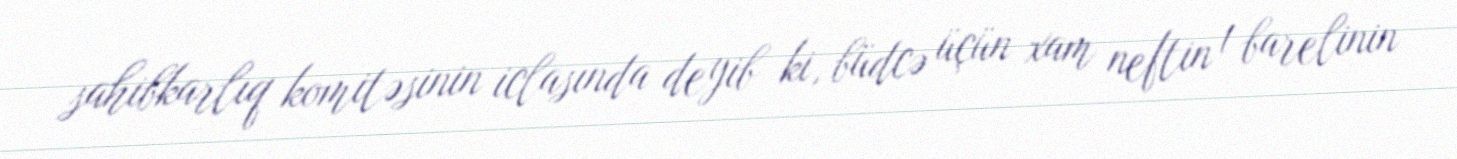
sahibkarlıq komitəsinin iclasında deyib ki, büdcə üçün xam neftin 1 barelinin